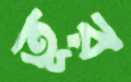
তূর